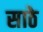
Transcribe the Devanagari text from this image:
साठेे